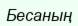
Бесаның